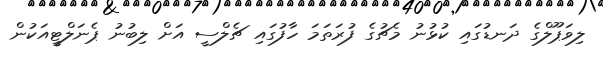
ލިވަޕޫލްގެ ދަނޑުގައި ކުޅުނު މެޗުގެ ފުރަތަމަ ހާފުގައި ޗެލްސީ އަށް ލިބުނު ޕެނަލްޓީއަކުން